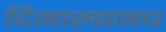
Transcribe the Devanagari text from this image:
दिमाखानच